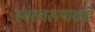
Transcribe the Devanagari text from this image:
स्वस्वरूपाकडे